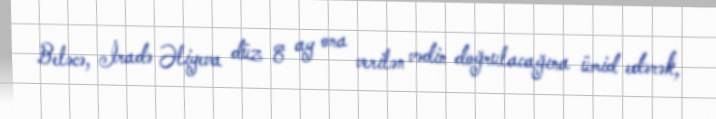
Beləcə, İradə Əliyeva düz 8 ay ona verilən vədin doğrulacağına ümid edərək,